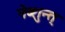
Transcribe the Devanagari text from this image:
नेव्शुन्त्